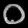
Digit: ၀